system: You are a helpful assistant.
user:
Analyze the provided spectrum to determine if it is a **S-type Star**.

- **Key Indicators for S-type Star:**

    - **(Overall Spectrum Shape):** The first and most obvious characteristic is the overall continuum (the "baseline" shape). It is **extremely "red-sloping,"** meaning the flux (light intensity) is very low on the left side (blue, ~4000-4500 Å) and rises steeply and continuously toward the right side (red, ~7000 Å+).

    - **(Primary):** The spectrum is defined by the presence of strong, broad molecular absorption "valleys" (bands) from **Zirconium Oxide (ZrO)**. The identification of these bands is the **primary requirement** for classifying a star as S-type.
        - **(Key Bandheads):** You must find distinct, deep "dips" where the light has been absorbed. The most critical band systems to locate are:
            - **~6474 Å** ($\gamma$-system): This is often the strongest and clearest ZrO feature, found in the red part of the spectrum.
            - **~5718 Å** & **~5551 Å** ($\beta$-system): A pair of prominent absorption features in the yellow-orange part of the spectrum.
            - **~4640 Å** ($\alpha$-system): A key absorption band system in the blue-green region of the spectrum.

    - **(Secondary Confirmation):** The classification is strengthened by finding additional absorption bands from other related heavy element oxides, which are expected to be present alongside ZrO.
        - **(Key Bandheads):**
            - **Yttrium Oxide (YO):** Look for absorption dips near **~4800 Å** and **~6100 Å**.
            - **Lanthanum Oxide (LaO):** Additional absorption features, particularly in the red-orange part of the spectrum, are also characteristic.

    - **(Line Profile):** The combination of the steep red continuum and these numerous, deep molecular bands (ZrO, YO, etc.) gives the entire spectrum a very **"chopped-up"** or **"bumpy"** appearance. Instead of a smooth curve, the spectrum looks as though large, wide chunks of light have been "carved out" of it at the specific wavelengths listed above.

Think first, call **spectral_visualization_tool** if needed to examine features in detail, then provide your final answer. Your response must adhere to the following strict rules:
1.  **Overall Structure:** Your response must follow the format `<think>...</think> <tool_call>...</tool_call> (if a tool is used) <answer>...</answer>`.
2.  **Tool Usage Constraint:** You may only make **one** tool call per turn.
3.  **Final Answer Format:** In the `<answer>` tag, your conclusion must be inside a `\boxed{}` command (e.g., `\boxed{YES}` or `\boxed{NO}`), followed by your justification.

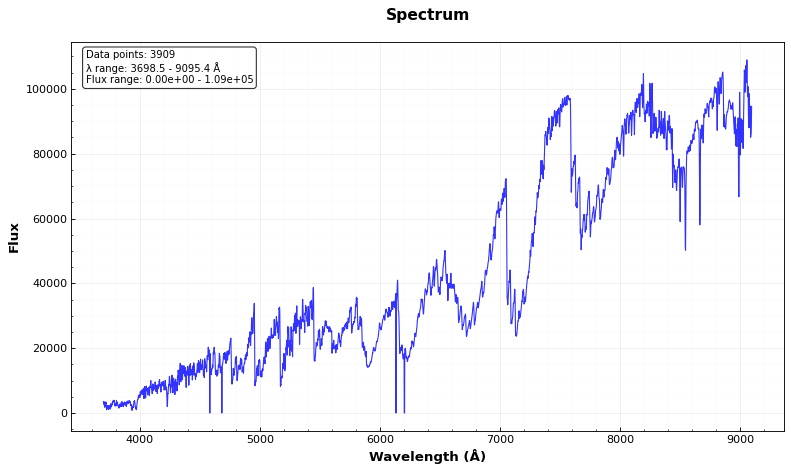
Answer: YES